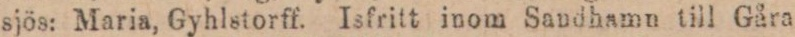
sjös: Maria, Gyhlstorff. Isfritt inom Sandhamn till Gåra